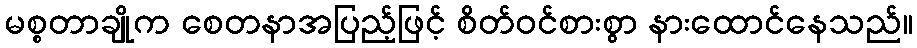
မစ္စတာချိုက စေတနာအပြည့်ဖြင့် စိတ်ဝင်စားစွာ နားထောင်နေသည်။